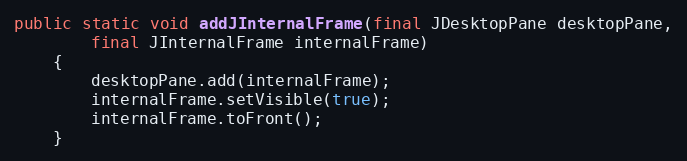
Language: Java
public static void addJInternalFrame(final JDesktopPane desktopPane,
		final JInternalFrame internalFrame)
	{
		desktopPane.add(internalFrame);
		internalFrame.setVisible(true);
		internalFrame.toFront();
	}